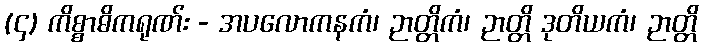
(၄) ကိစ္စာဓိကရုဏ်း - အပလောကနကံ၊ ဉာတ္တိကံ၊ ဉာတ္တိ ဒုတိယကံ၊ ဉာတ္တိ